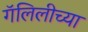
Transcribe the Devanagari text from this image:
गॅलिलीच्या